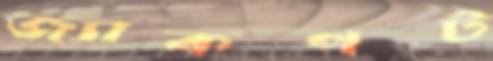
জ্যাকপট